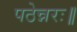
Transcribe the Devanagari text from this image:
पठेन्नरः॥